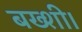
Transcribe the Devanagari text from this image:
बख्शी।